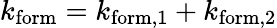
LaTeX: k_{\mathrm{form}}=k_{\mathrm{form},1}+k_{\mathrm{form},2}